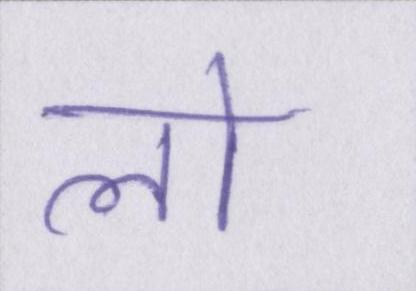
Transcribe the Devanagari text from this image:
लो